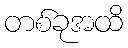
တစ်ခုအထိ